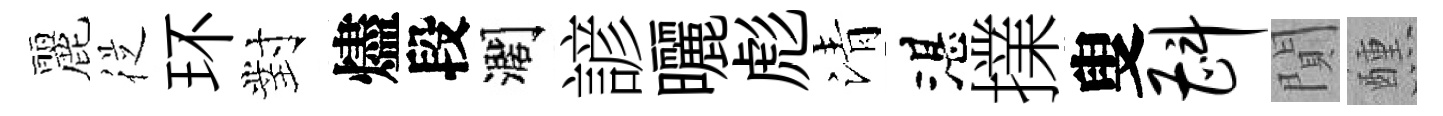
麗従环對燼段濶諺曬彪清湛擈叟斟閴醺